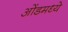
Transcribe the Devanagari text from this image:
ओंडमध्ये